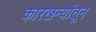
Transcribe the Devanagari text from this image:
कारखन्यांतून